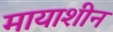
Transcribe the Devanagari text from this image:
मायाशीन